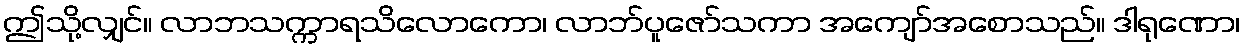
ဤသို့လျှင်။ လာဘသက္ကာရသိလောကော၊ လာဘ်ပူဇော်သကာ အကျော်အစောသည်။ ဒါရုဏော၊